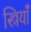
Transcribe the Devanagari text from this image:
स्त्रियाँं